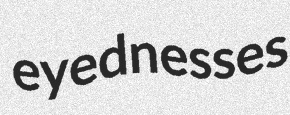
eyednesses